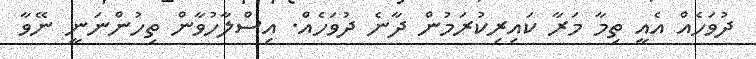
ދުވަހެއް އެއީ ތިމާ މަރާ ކައިރިކުރަމުން ދާނެ ދުވަހެއް. އިސްލާހުވާން ތިހުންނަނީ ނޭވާ